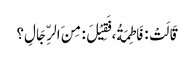
قَالَتْ : فَاطِمَةُ، فَقِیْلَ : مِنَ الرِّجَالِ؟